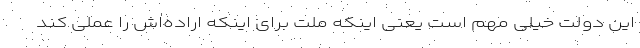
این دولت خیلی مهم است یعنی اینکه ملت برای اینکه اراده‌اش را عملی کند